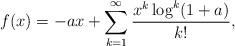
LaTeX: \begin{align*} f(x) &=-ax + \sum_{k=1}^\infty \frac{x^k\log^k(1+a)}{k!}, \end{align*}